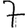
Digit: 7